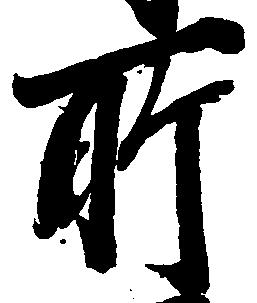
所